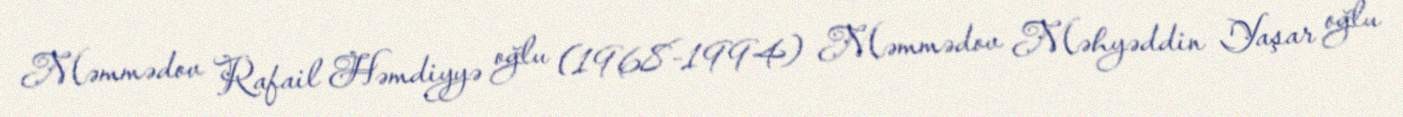
Məmmədov Rafail Həmdiyyə oğlu (1968-1994) Məmmədov Məhyəddin Yaşar oğlu